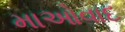
માઓવાદ